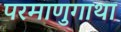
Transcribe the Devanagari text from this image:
परमाणुगाथा